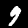
Digit: 9